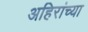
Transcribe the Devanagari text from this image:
अहिरांच्या